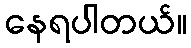
နေရပါတယ်။